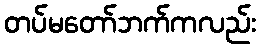
တပ်မတော်ဘက်ကလည်း